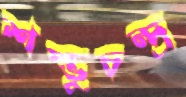
শম্ভুচন্দ্র